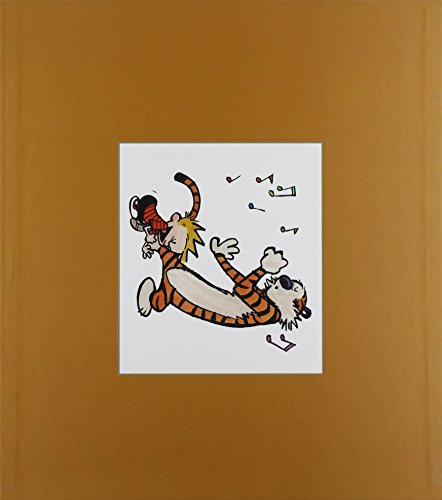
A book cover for The Complete Calvin and Hobbes [BOX SET]; Bill Watterson; Comics & Graphic Novels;